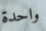
واحدة